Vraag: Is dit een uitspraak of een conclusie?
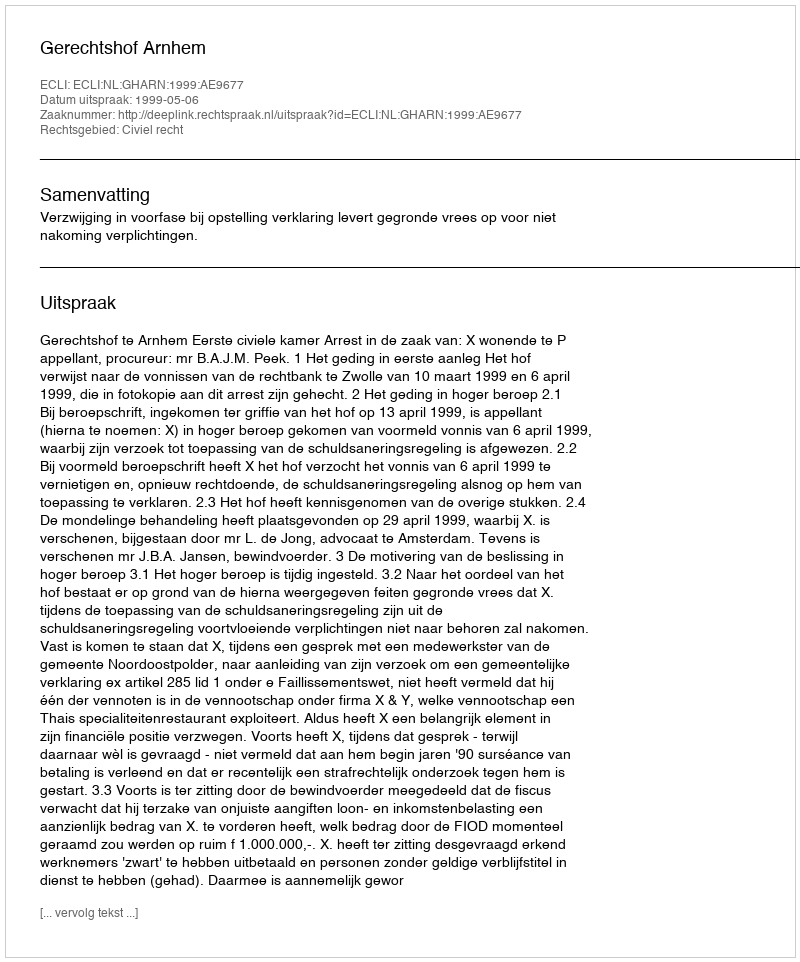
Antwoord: Uitspraak